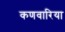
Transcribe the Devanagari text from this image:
कणवारिया